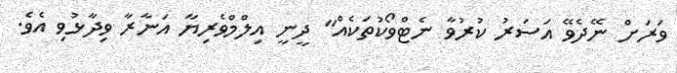
ވަރަށް ނޭދެވޭ އަސަރު ކުރުވާ ނެޓްވޯކުތަކެއް" ދީނީ އިލްމްވެރިޔާ އަނާރާ ވިދާޅުވި އެވެ.